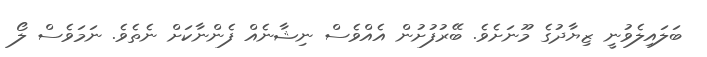
ބަލައިލެވުނީ ޒިޔާދުގެ މޫނަށެވެ. ބޭރުފުށުން އެއްވެސް ނިޝާނެއް ފެންނާކަށް ނެތެވެ. ނަމަވެސް ލޯ